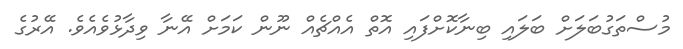
މުސްތަގުބަލަށް ބަލައި ބިނާކޮށްފައި އޮތް އެއްޗެއް ނޫން ކަމަށް އޭނާ ވިދާޅުވެއެވެ. އޭރުގެ